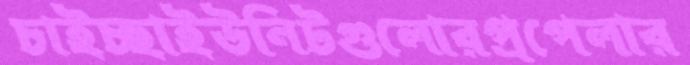
চাইচ্ছাইউনিটগুলোরপ্রপেলার